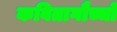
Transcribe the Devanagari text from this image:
कवितागौच्चो